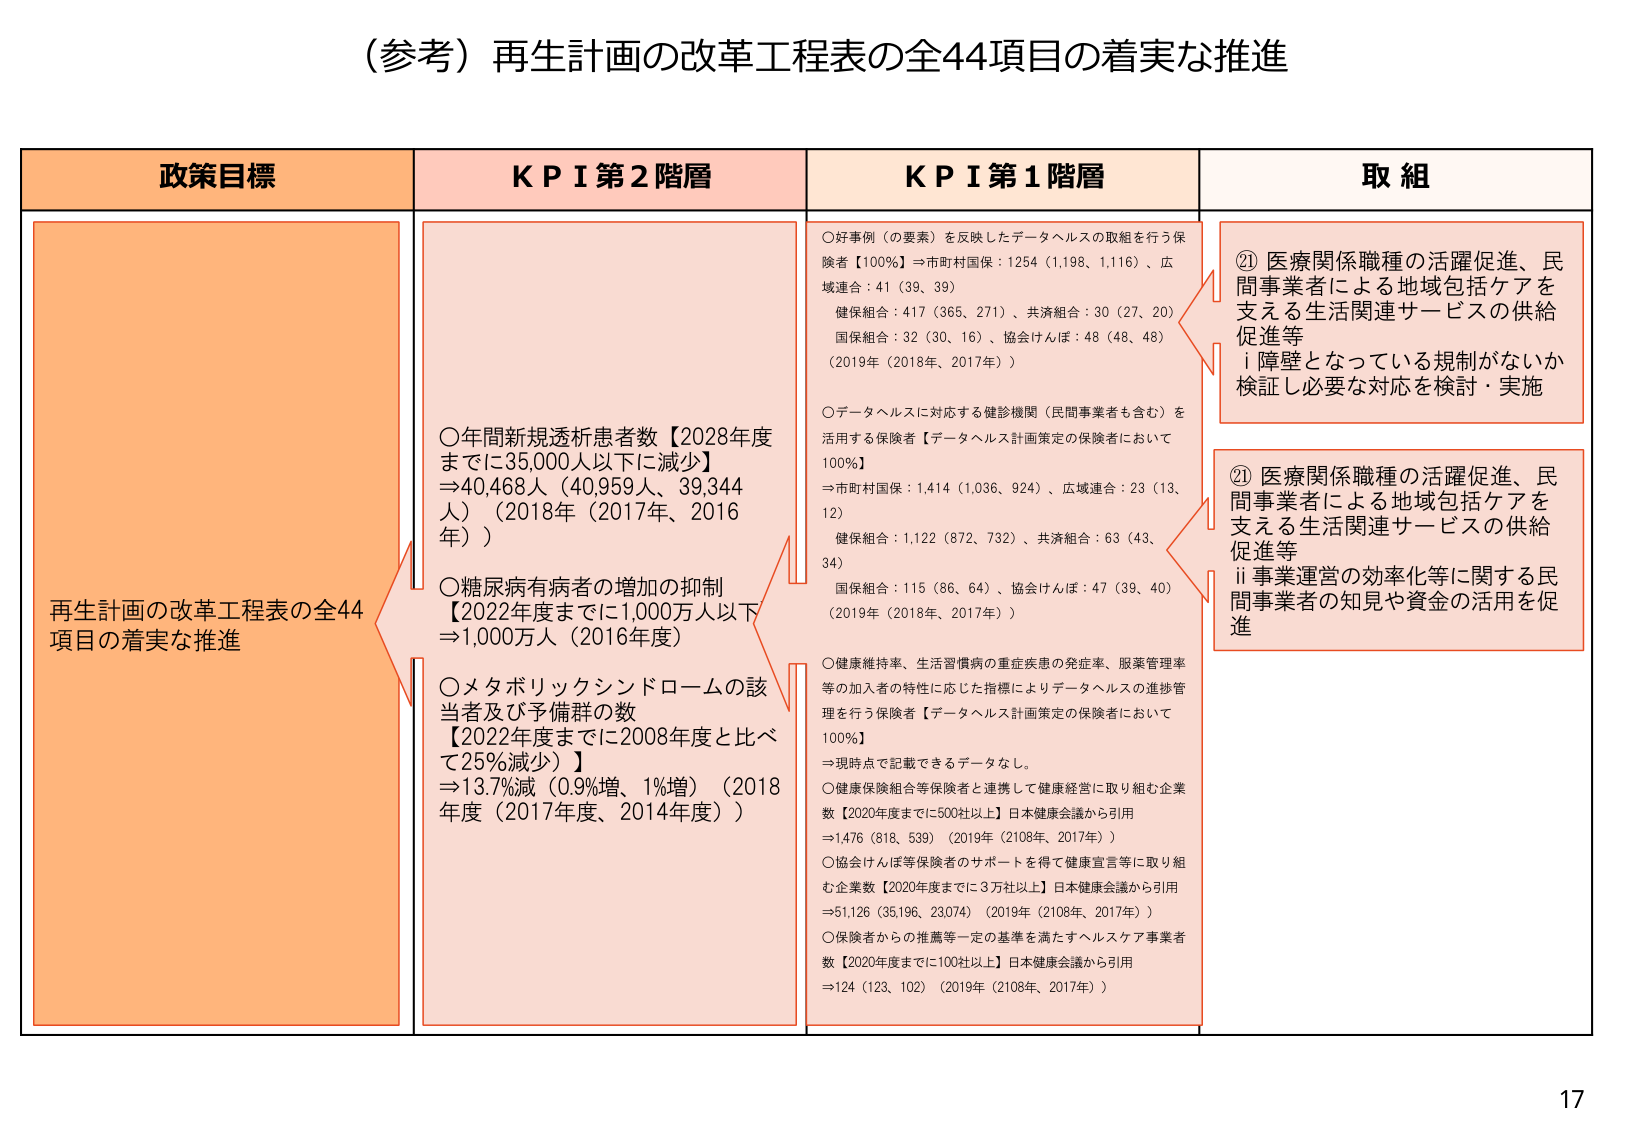
（参考）再生計画の改革工程表の全44項目の着実な推進

政策目標
再生計画の改革工程表の全44項目の着実な推進

ＫＰＩ第2階層
○年間新規透析患者数【2028年度までに35,000人以下に減少】
⇒40,468人（40,959人、39,344人）（2018年（2017年、2016年））
○糖尿病有病者の増加の抑制【2022年度までに1,000万人以下⇒1,000万人（2016年度）】
○メタボリックシンドロームの該当者及び予備群の数【2022年度までに2008年度と比べて25%減少）】
⇒13.7%減（0.9%増、1%増）（2018年度（2017年度、2014年度））

ＫＰＩ第1階層
○好事例（の要素）を反映したデータヘルスの取組を行う保険者【100%】⇒市町村国保：1254（1,198、1,116）、広域連合：41（39、39）
健保組合：417（365、271）、共済組合：30（27、20）
国保組合：32（30、16）、協会けんぽ：48（48、48）
（2019年（2018年、2017年））
○データヘルスに対応する健診機関（民間事業者も含む）を活用する保険者【データヘルス計画策定の保険者において100%】
⇒市町村国保：1,414（1,036、924）、広域連合：23（13、12）
健保組合：1,122（872、732）、共済組合：63（43、34）
国保組合：115（86、64）、協会けんぽ：47（39、40）
（2019年（2018年、2017年））
○健康維持率、生活習慣病の重症疾患の発症率、服薬管理率等の加入者の特性に応じた指標によりデータヘルスの進捗管理を行う保険者【データヘルス計画策定の保険者において100%】
⇒現時点で記載できるデータなし。
○健康保険組合等保険者と連携して健康経営に取り組む企業数【2020年度までに500社以上】日本健康会議から引用
⇒1,476（818、539）（2019年（2108年、2017年））
○協会けんぽ等保険者のサポートを得て健康宣言等に取り組む企業数【2020年度までに3万社以上】日本健康会議から引用
⇒51,126（35,196、23,074）（2019年（2108年、2017年））
○保険者からの推薦等一定の基準を満たすヘルスケア事業者数【2020年度までに100社以上】日本健康会議から引用
⇒124（123、102）（2019年（2108年、2017年））

取組
②1 医療関係職種の活躍促進、民間事業者による地域包括ケアを支える生活関連サービスの供給促進等
i 障壁となっている規制がないか検証し必要な対応を検討・実施
②1 医療関係職種の活躍促進、民間事業者による地域包括ケアを支える生活関連サービスの供給促進等
ii 事業運営の効率化等に関する民間事業者の知見や資金の活用を促進

17